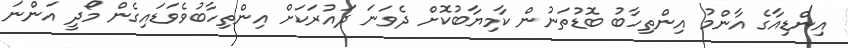
އިންޑިއާގެ އާންމު އިންތިހާބު ބޮޑުތަނުން ކާމިޔާބުކޮށް ދެވަނަ ދައުރަކަށް އިންތިހާބުވެވަޑައިގެން މޯދީ އަންނަ